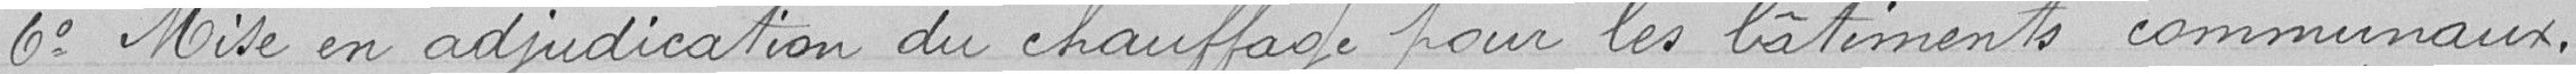
6° Mise en adjudication du chauffage pour les bâtiments communaux.